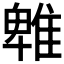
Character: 𨿵